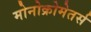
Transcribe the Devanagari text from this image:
मोनोक्रोमेतर्स